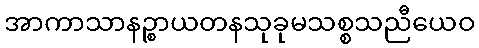
အာကာသာနဉ္စာယတနသုခုမသစ္စသညီယေဝ